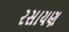
રસાયણ